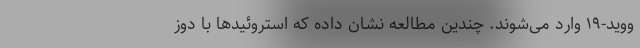
ووید-۱۹ وارد می‌شوند. چندین مطالعه نشان داده که استروئیدها با دوز